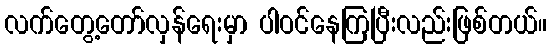
လက်တွေ့တော်လှန်ရေးမှာ ပါဝင်နေကြပြီးလည်းဖြစ်တယ်။